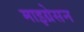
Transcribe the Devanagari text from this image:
माइग्रेसन